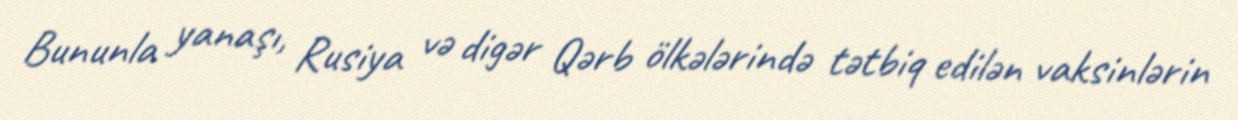
Bununla yanaşı, Rusiya və digər Qərb ölkələrində tətbiq edilən vaksinlərin